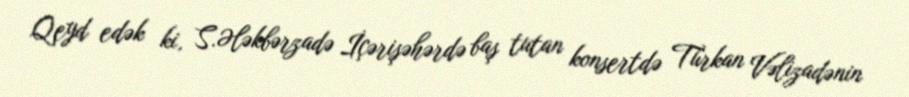
Qeyd edək ki, S.Ələkbərzadə İçərişəhərdə baş tutan konsertdə Türkan Vəlizadənin